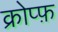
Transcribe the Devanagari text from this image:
क्रोप्फ़